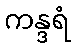
ကန္ဒရံ